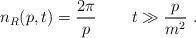
LaTeX: \begin{align*}n_R(p,t)=\frac{2\pi}p\, \qquad t\gg\frac p{m^2}\ .\end{align*}